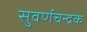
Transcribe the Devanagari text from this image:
सुवर्णचन्द्रक